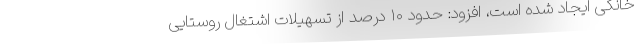
خانگی ایجاد شده است، افزود: حدود ۱۰ درصد از تسهیلات اشتغال روستایی